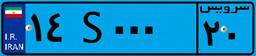
۱۴S۰۰۰۲۰